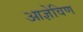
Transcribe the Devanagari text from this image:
आज्ञेविण